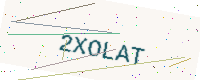
Text: 2XOLAT